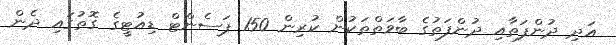
އަދި ދުންފަތާއި ދުންފަތުގެ ބާވަތްތަކުން ކުރިން 150 ޕަސެންޓް ޑިއުޓީގެ ގޮތުގައި ދެން